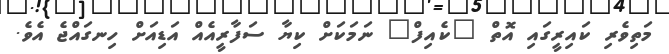
މަތިވެރި ކައިރީގައި އޮތް "ކެއިފް" ނަމަކަށް ކިޔާ ސަފާރީއެއް އަޑިއަށް ހިނގައްޖެ އެވެ.